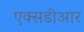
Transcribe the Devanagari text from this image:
एक्सडीआर